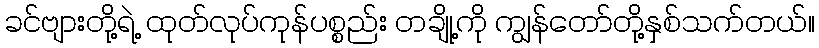
ခင်ဗျားတို့ရဲ့ ထုတ်လုပ်ကုန်ပစ္စည်း တချို့ကို ကျွန်တော်တို့နှစ်သက်တယ်။